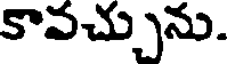
కావచ్చును.